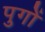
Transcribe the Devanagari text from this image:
पुगों